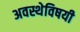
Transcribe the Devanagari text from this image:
अवस्थेविषयी